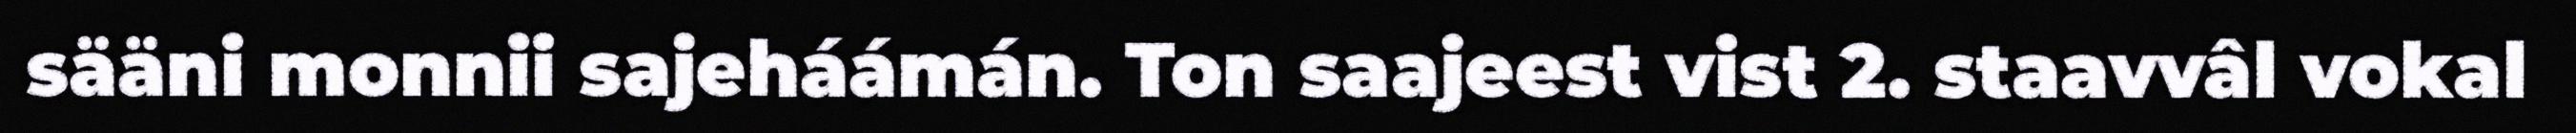
sääni monnii sajeháámán. Ton saajeest vist 2. staavvâl vokal